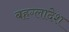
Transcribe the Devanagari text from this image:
बहग्लादेश